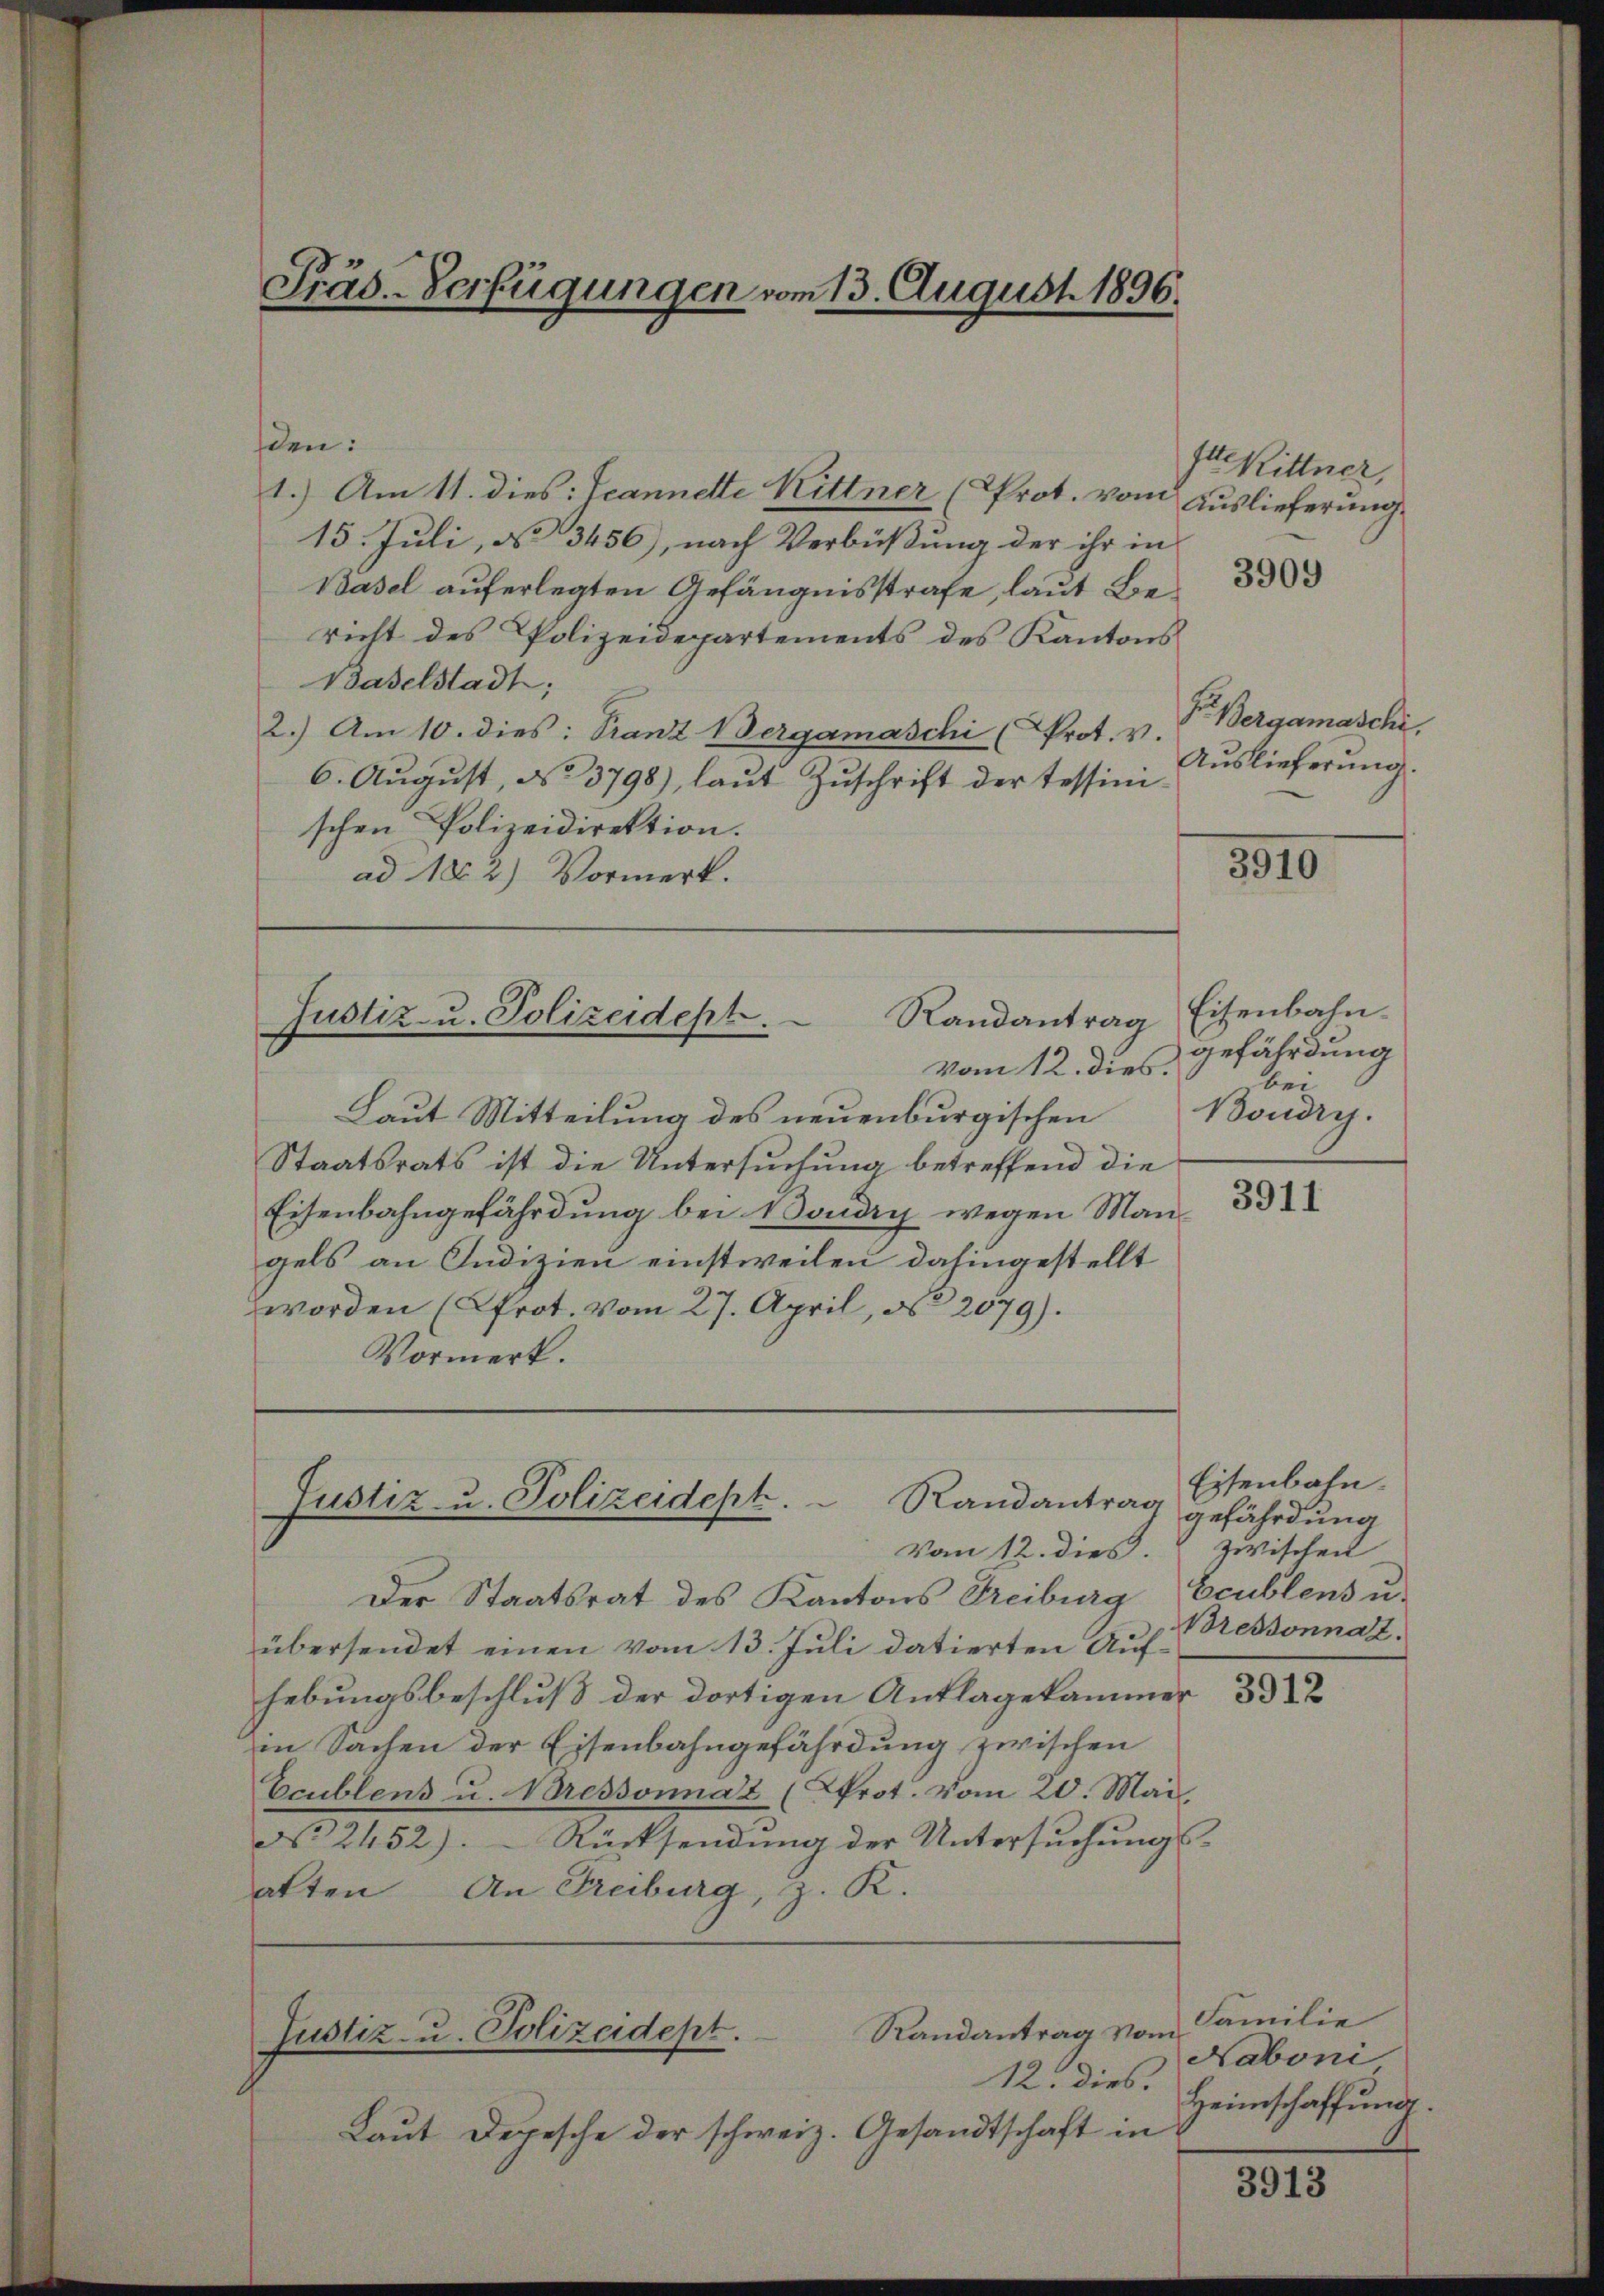
Präs. Verfügungen vom 13. August 1896.

den:
1.) Am 11. dies: Jeannette Kittner (Prot. vom Auslieferung.
15. Juli, No 3456), nach Verbüßung der ihr in
Basel auferlegten Gefängnisstrafe, laut Bericht des Polizeidepartements des Kantons
Baselstadt;
2.) Am 10. dies: Franz Bergamaschi (Prot. v.
6. August, No 3798), laut Zuschrift der tessinischen Polizeidirektion.
ad 102) Vormerk.

vom 12. dies.
Laut Mitteilung des neuenburgischen
Staatsrats ist die Untersuchung betreffend die
Eisenbahngefährdung bei Mondig wegen Man
gels an Indizien einstweilen dahingestellt
worden (Prot. vom 27. April, No 2579).
Vormerk.

Justiz- u. Polizeidept.
Randantrag

Vom 12. dies zwischen
Der Staatsrat des Kantons Treiburg Ecublens u.
übersendet einen vom 13. Juli datierten Aufhebungsbeschluß der dortigen Anklagekammer
in Sachen der Eisenbahngefährdung zwischen
Ecublens u. ressonnat (Prot. Vom 20. Mai.
No 2452). Rücksendung der Untersuchungs-
alten An Freiburg, z. K.

Randantrag
Justiz- u. Polizeidept.

12. dies.
Laut Depesche der schweiz. Gesandtschaft in

Randantrag vom
Justiz- u. Polizeidept.

s Rittner,

3909

Fr. Bergamasche.
Auslieferung.

3910

Eisenbahn.
gefährdung
bei
Boudry.

3911

Eisenbahn.
gefährdung
Bressonnat.

Familie
Naboni
Heimschaffung.

3913